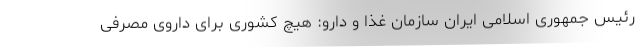
رئیس جمهوری اسلامی ایران سازمان غذا و دارو: هیچ کشوری برای داروی مصرفی